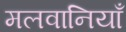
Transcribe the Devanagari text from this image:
मलवानियाँ